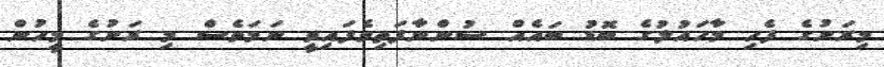
މިރަށުގެ ފެހި މާހައުލުގެ ބޮޑު ބައެއް ސުންނާފަތިވެފައިވީ ނަމަވެސް މި ރަށުގެ މީހުން